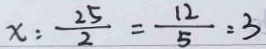
x : \frac { 2 5 } { 2 } = \frac { 1 2 } { 5 } = 3